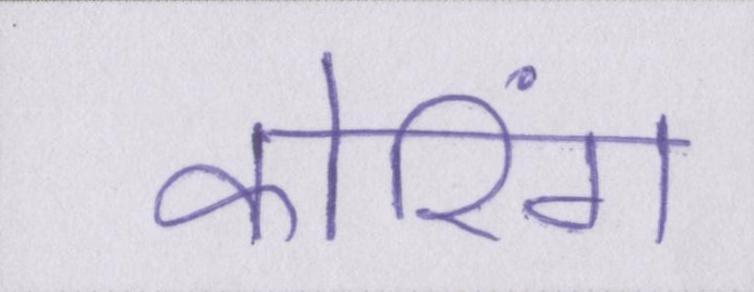
कोरिंग